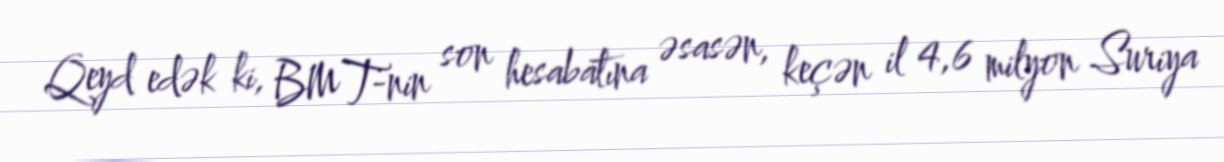
Qeyd edək ki, BMT-nin son hesabatına əsasən, keçən il 4,6 milyon Suriya